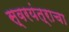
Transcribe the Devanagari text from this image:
स्वरयंत्राचा